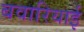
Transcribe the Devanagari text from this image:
बवारियाई